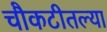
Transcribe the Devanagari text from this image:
चौकटीतल्या